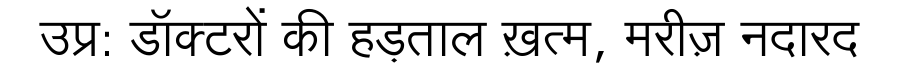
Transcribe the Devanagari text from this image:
उप्र: डॉक्टरों की हड़ताल ख़त्म, मरीज़ नदारद